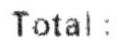
TOTAL :